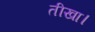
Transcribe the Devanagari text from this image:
तीखा।